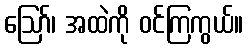
ဪ၊ အထဲကို ဝင်ကြကွယ်။